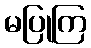
မပြုကြ